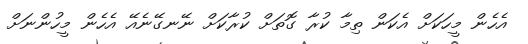
އެހެން މީހަކަށް އެކަން ތިމާ ކުރާ ގޮތަށް ކުރާކަށް ނޭނގޭނެއޭ އެހެން މީހުންނަށް